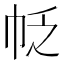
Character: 𰏖